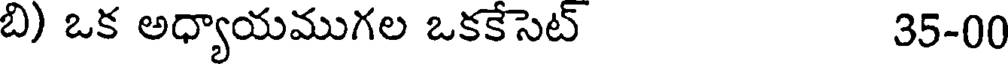
బి) ఒక అధ్యాయముగల ఒకకేసెట్ 35-00